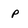
Character: P